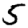
Digit: 5